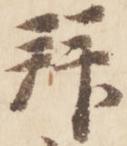
拝